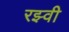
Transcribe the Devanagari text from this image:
रझ्वी